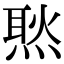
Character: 㷦